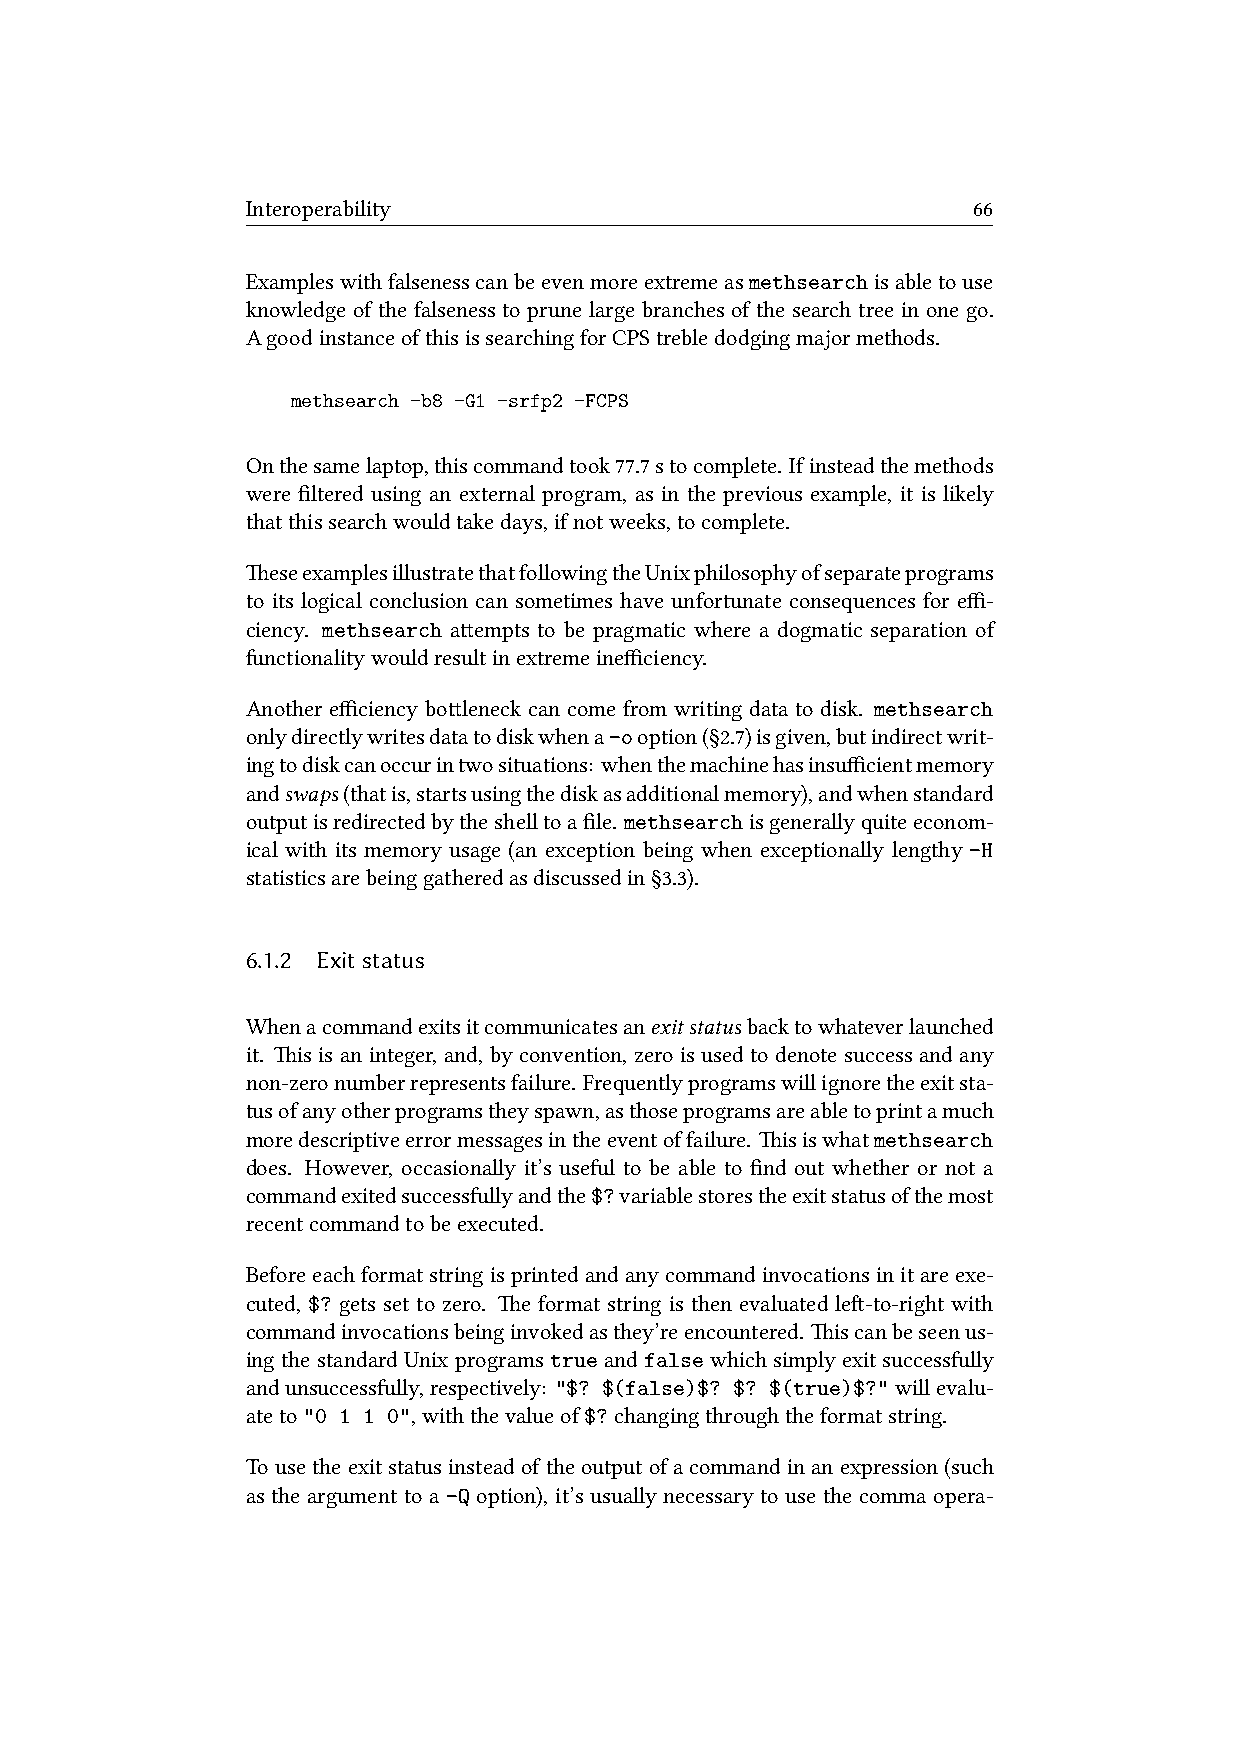
Interoperability                                66
 Exampleswithfalsenesscanbeevenmoreextremeasmethsearchisabletouse
 knowledge of the falseness to prune large branches of the search tree in one go.
 AgoodinstanceofthisissearchingforCPStrebledodgingmajormethods.
 methsearch -b8 -G1 -srfp2 -FCPS
 Onthesamelaptop,thiscommandtook77.7stocomplete. Ifinsteadthemethods
 were filtered using an external program, as in the previous example, it is likely
 thatthissearchwouldtakedays,ifnotweeks,tocomplete.
 eseexamplesillustratethatfollowingtheUnixphilosophyofseparateprograms
 to its logical conclusion can sometimes have unfortunate consequences for effi-
 ciency. methsearch aempts to be pragmatic where a dogmatic separation of
 functionalitywouldresultinextremeinefficiency.
 Another efficiency boleneck can come from writing data to disk. methsearch
 onlydirectlywritesdatatodiskwhena-ooption(§2.7)isgiven,butindirectwrit-
 ingtodiskcanoccurintwosituations: whenthemachinehasinsufficientmemory
 andswaps(thatis,startsusingthediskasadditionalmemory),andwhenstandard
 outputisredirectedbytheshelltoafile. methsearchisgenerallyquiteeconom-
 ical with its memory usage (an exception being when exceptionally lengthy -H
 statisticsarebeinggatheredasdiscussedin§3.3).
 6.1.2 Exitstatus
 Whenacommandexitsitcommunicatesanexitstatusbacktowhateverlaunched
 it. is is an integer, and, by convention, zero is used to denote success and any
 non-zeronumberrepresentsfailure. Frequentlyprogramswillignoretheexitsta-
 tusofanyotherprogramstheyspawn,asthoseprogramsareabletoprintamuch
 moredescriptiveerrormessagesintheeventoffailure. isiswhatmethsearch
 does. However, occasionally it’s useful to be able to find out whether or not a
 commandexitedsuccessfullyandthe$?variablestorestheexitstatusofthemost
 recentcommandtobeexecuted.
 Beforeeachformatstringisprintedandanycommandinvocationsinitareexe-
 cuted, $? gets set to zero. e format string is then evaluated le-to-right with
 commandinvocationsbeinginvokedasthey’reencountered. iscanbeseenus-
 ing the standard Unix programstrue and false which simply exit successfully
 andunsuccessfully,respectively: "$? $(false)$? $? $(true)$?"willevalu-
 ateto"0 1 1 0",withthevalueof$?changingthroughtheformatstring.
 Tousetheexitstatusinsteadoftheoutputofacommandinanexpression(such
 as the argument to a -Q option), it’s usually necessary to use the comma opera-